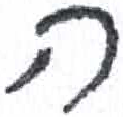
אות: ה